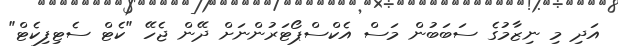
އަދި މި ނިޒާމުގެ ސަބަބުން މަސް އެކްސްޕޯޓަރުންނަށް ދޭން ޖެހޭ "ކެޓް ސެޓިފިކެޓް"